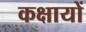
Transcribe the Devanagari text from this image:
कक्षायों